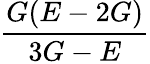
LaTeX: \frac{G(E-2G)}{3G-E}